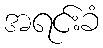
အရင်းခံ